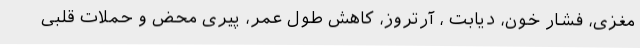
مغزی، فشار خون، دیابت ، آرتروز، کاهش طول عمر، پیری محض و حملات قلبی